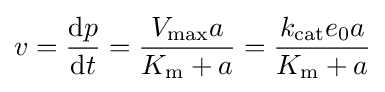
v={\frac {\mathrm {d} p}{\mathrm {d} t}}={\frac {V_{\max }a}{K_{\mathrm {m} }+a}}={\frac {k_{\mathrm {cat} }e_{0}a}{K_{\mathrm {m} }+a}}